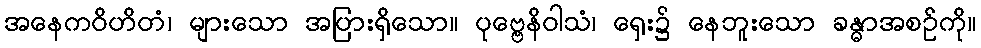
အနေကဝိဟိတံ၊ များသော အပြားရှိသော။ ပုဗ္ဗေနိဝါသံ၊ ရှေး၌ နေဘူးသော ခန္ဓာအစဉ်ကို။